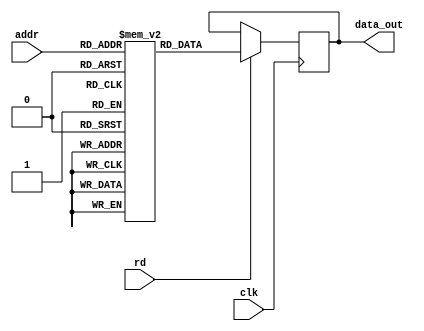
module turnmon_mem(
  input clk,
  input [ADDR_WIDTH-1:0] addr,
  input rd,
  output reg [DATA_WIDTH-1:0] data_out
);
  parameter integer ADDR_WIDTH = 8;
  parameter integer DATA_WIDTH = 8;

  reg [DATA_WIDTH-1:0] ram[0:(2 ** ADDR_WIDTH)-1];


  initial
    begin
      ram[0] = 8'h3e; ram[1] = 8'h03; ram[2] = 8'hd3; ram[3] = 8'h10;  
      ram[4] = 8'h3e; ram[5] = 8'h11; ram[6] = 8'hd3; ram[7] = 8'h10;  
      ram[8] = 8'h31; ram[9] = 8'h00; ram[10] = 8'hfc; ram[11] = 8'hcd;  
      ram[12] = 8'h9d; ram[13] = 8'hfd; ram[14] = 8'h3e; ram[15] = 8'h2e;  
      ram[16] = 8'hcd; ram[17] = 8'hf2; ram[18] = 8'hfd; ram[19] = 8'hcd;  
      ram[20] = 8'he8; ram[21] = 8'hfd; ram[22] = 8'hfe; ram[23] = 8'h4d;  
      ram[24] = 8'hca; ram[25] = 8'h29; ram[26] = 8'hfd; ram[27] = 8'hfe;  
      ram[28] = 8'h44; ram[29] = 8'hcc; ram[30] = 8'h4f; ram[31] = 8'hfd;  
      ram[32] = 8'hfe; ram[33] = 8'h4a; ram[34] = 8'hc2; ram[35] = 8'h08;  
      ram[36] = 8'hfd; ram[37] = 8'hcd; ram[38] = 8'ha7; ram[39] = 8'hfd;  
      ram[40] = 8'he9; ram[41] = 8'hcd; ram[42] = 8'ha7; ram[43] = 8'hfd;  
      ram[44] = 8'h3e; ram[45] = 8'h23; ram[46] = 8'hcd; ram[47] = 8'h9d;  
      ram[48] = 8'hfd; ram[49] = 8'h54; ram[50] = 8'h5d; ram[51] = 8'hcd;  
      ram[52] = 8'hc9; ram[53] = 8'hfd; ram[54] = 8'h1a; ram[55] = 8'h67;  
      ram[56] = 8'hcd; ram[57] = 8'hcf; ram[58] = 8'hfd; ram[59] = 8'hcd;  
      ram[60] = 8'ha8; ram[61] = 8'hfd; ram[62] = 8'heb; ram[63] = 8'hda;  
      ram[64] = 8'h2d; ram[65] = 8'hfd; ram[66] = 8'h77; ram[67] = 8'hbe;  
      ram[68] = 8'hca; ram[69] = 8'h2d; ram[70] = 8'hfd; ram[71] = 8'h3e;  
      ram[72] = 8'h3f; ram[73] = 8'hcd; ram[74] = 8'hf2; ram[75] = 8'hfd;  
      ram[76] = 8'hc3; ram[77] = 8'h08; ram[78] = 8'hfd; ram[79] = 8'hcd;  
      ram[80] = 8'ha7; ram[81] = 8'hfd; ram[82] = 8'heb; ram[83] = 8'hd4;  
      ram[84] = 8'he3; ram[85] = 8'hfd; ram[86] = 8'hcd; ram[87] = 8'ha7;  
      ram[88] = 8'hfd; ram[89] = 8'h3e; ram[90] = 8'h0d; ram[91] = 8'h06;  
      ram[92] = 8'h3c; ram[93] = 8'hcd; ram[94] = 8'hf2; ram[95] = 8'hfd;  
      ram[96] = 8'h05; ram[97] = 8'hc2; ram[98] = 8'h5d; ram[99] = 8'hfd;  
      ram[100] = 8'hb8; ram[101] = 8'h78; ram[102] = 8'hc2; ram[103] = 8'h5b;  
      ram[104] = 8'hfd; ram[105] = 8'h7d; ram[106] = 8'h93; ram[107] = 8'h6f;  
      ram[108] = 8'h7c; ram[109] = 8'h9a; ram[110] = 8'h67; ram[111] = 8'h23;  
      ram[112] = 8'h05; ram[113] = 8'h7c; ram[114] = 8'hb7; ram[115] = 8'hc2;  
      ram[116] = 8'h77; ram[117] = 8'hfd; ram[118] = 8'h45; ram[119] = 8'h3e;  
      ram[120] = 8'h3c; ram[121] = 8'hcd; ram[122] = 8'hf2; ram[123] = 8'hfd;  
      ram[124] = 8'h78; ram[125] = 8'hcd; ram[126] = 8'hf2; ram[127] = 8'hfd;  
      ram[128] = 8'h0e; ram[129] = 8'h00; ram[130] = 8'h7b; ram[131] = 8'hcd;  
      ram[132] = 8'hf2; ram[133] = 8'hfd; ram[134] = 8'h7a; ram[135] = 8'hcd;  
      ram[136] = 8'hf2; ram[137] = 8'hfd; ram[138] = 8'h1a; ram[139] = 8'hcd;  
      ram[140] = 8'hf2; ram[141] = 8'hfd; ram[142] = 8'h13; ram[143] = 8'h2b;  
      ram[144] = 8'h05; ram[145] = 8'hc2; ram[146] = 8'h8a; ram[147] = 8'hfd;  
      ram[148] = 8'h79; ram[149] = 8'hcd; ram[150] = 8'hf2; ram[151] = 8'hfd;  
      ram[152] = 8'h7c; ram[153] = 8'hb5; ram[154] = 8'hc2; ram[155] = 8'h70;  
      ram[156] = 8'hfd; ram[157] = 8'h3e; ram[158] = 8'h0d; ram[159] = 8'hcd;  
      ram[160] = 8'hf2; ram[161] = 8'hfd; ram[162] = 8'h3e; ram[163] = 8'h0a;  
      ram[164] = 8'hc3; ram[165] = 8'hf2; ram[166] = 8'hfd; ram[167] = 8'h06;  
      ram[168] = 8'h06; ram[169] = 8'h03; ram[170] = 8'h21; ram[171] = 8'h00;  
      ram[172] = 8'h00; ram[173] = 8'hcd; ram[174] = 8'he8; ram[175] = 8'hfd;  
      ram[176] = 8'h4f; ram[177] = 8'hfe; ram[178] = 8'h20; ram[179] = 8'h37;  
      ram[180] = 8'hc8; ram[181] = 8'he6; ram[182] = 8'hb8; ram[183] = 8'hee;  
      ram[184] = 8'h30; ram[185] = 8'hc2; ram[186] = 8'h47; ram[187] = 8'hfd;  
      ram[188] = 8'h79; ram[189] = 8'he6; ram[190] = 8'h07; ram[191] = 8'h29;  
      ram[192] = 8'h29; ram[193] = 8'h29; ram[194] = 8'h85; ram[195] = 8'h6f;  
      ram[196] = 8'h05; ram[197] = 8'hc2; ram[198] = 8'had; ram[199] = 8'hfd;  
      ram[200] = 8'hc9; ram[201] = 8'h06; ram[202] = 8'h06; ram[203] = 8'haf;  
      ram[204] = 8'hc3; ram[205] = 8'hd6; ram[206] = 8'hfd; ram[207] = 8'h06;  
      ram[208] = 8'h03; ram[209] = 8'he6; ram[210] = 8'h29; ram[211] = 8'h17;  
      ram[212] = 8'h29; ram[213] = 8'h17; ram[214] = 8'h29; ram[215] = 8'h17;  
      ram[216] = 8'he6; ram[217] = 8'h07; ram[218] = 8'hf6; ram[219] = 8'h30;  
      ram[220] = 8'hcd; ram[221] = 8'hf2; ram[222] = 8'hfd; ram[223] = 8'h05;  
      ram[224] = 8'hc2; ram[225] = 8'hd2; ram[226] = 8'hfd; ram[227] = 8'h3e;  
      ram[228] = 8'h20; ram[229] = 8'hc3; ram[230] = 8'hf2; ram[231] = 8'hfd;  
      ram[232] = 8'hdb; ram[233] = 8'h10; ram[234] = 8'h0f; ram[235] = 8'hd2;  
      ram[236] = 8'he8; ram[237] = 8'hfd; ram[238] = 8'hdb; ram[239] = 8'h11;  
      ram[240] = 8'he6; ram[241] = 8'h7f; ram[242] = 8'hf5; ram[243] = 8'h81;  
      ram[244] = 8'h4f; ram[245] = 8'hdb; ram[246] = 8'h10; ram[247] = 8'h0f;  
      ram[248] = 8'h0f; ram[249] = 8'hd2; ram[250] = 8'hf5; ram[251] = 8'hfd;  
      ram[252] = 8'hf1; ram[253] = 8'hd3; ram[254] = 8'h11; ram[255] = 8'hc9;   
    end

  always @(posedge clk)
    begin
      if (rd)
        data_out <= ram[addr];
    end
endmodule